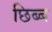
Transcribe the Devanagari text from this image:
छिब्ब